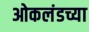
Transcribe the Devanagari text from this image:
ओकलंडच्या